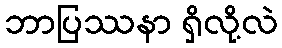
ဘာပြဿနာ ရှိလို့လဲ